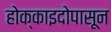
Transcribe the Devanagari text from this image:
होक्काइदोपासून